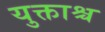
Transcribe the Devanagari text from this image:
युक्ताश्च